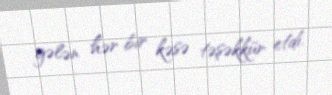
gələn hər bir kəsə təşəkkür etdi.